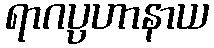
ရာဂပ္ပဟာနာယ